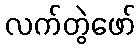
လက်တွဲဖော်